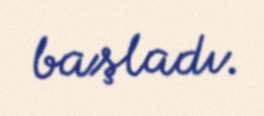
başladı.